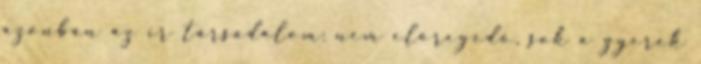
azonban az ír társadalom: nem elöregedő, sok a gyerek